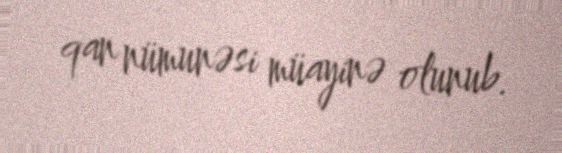
qan nümunəsi müayinə olunub.